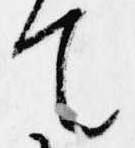
て